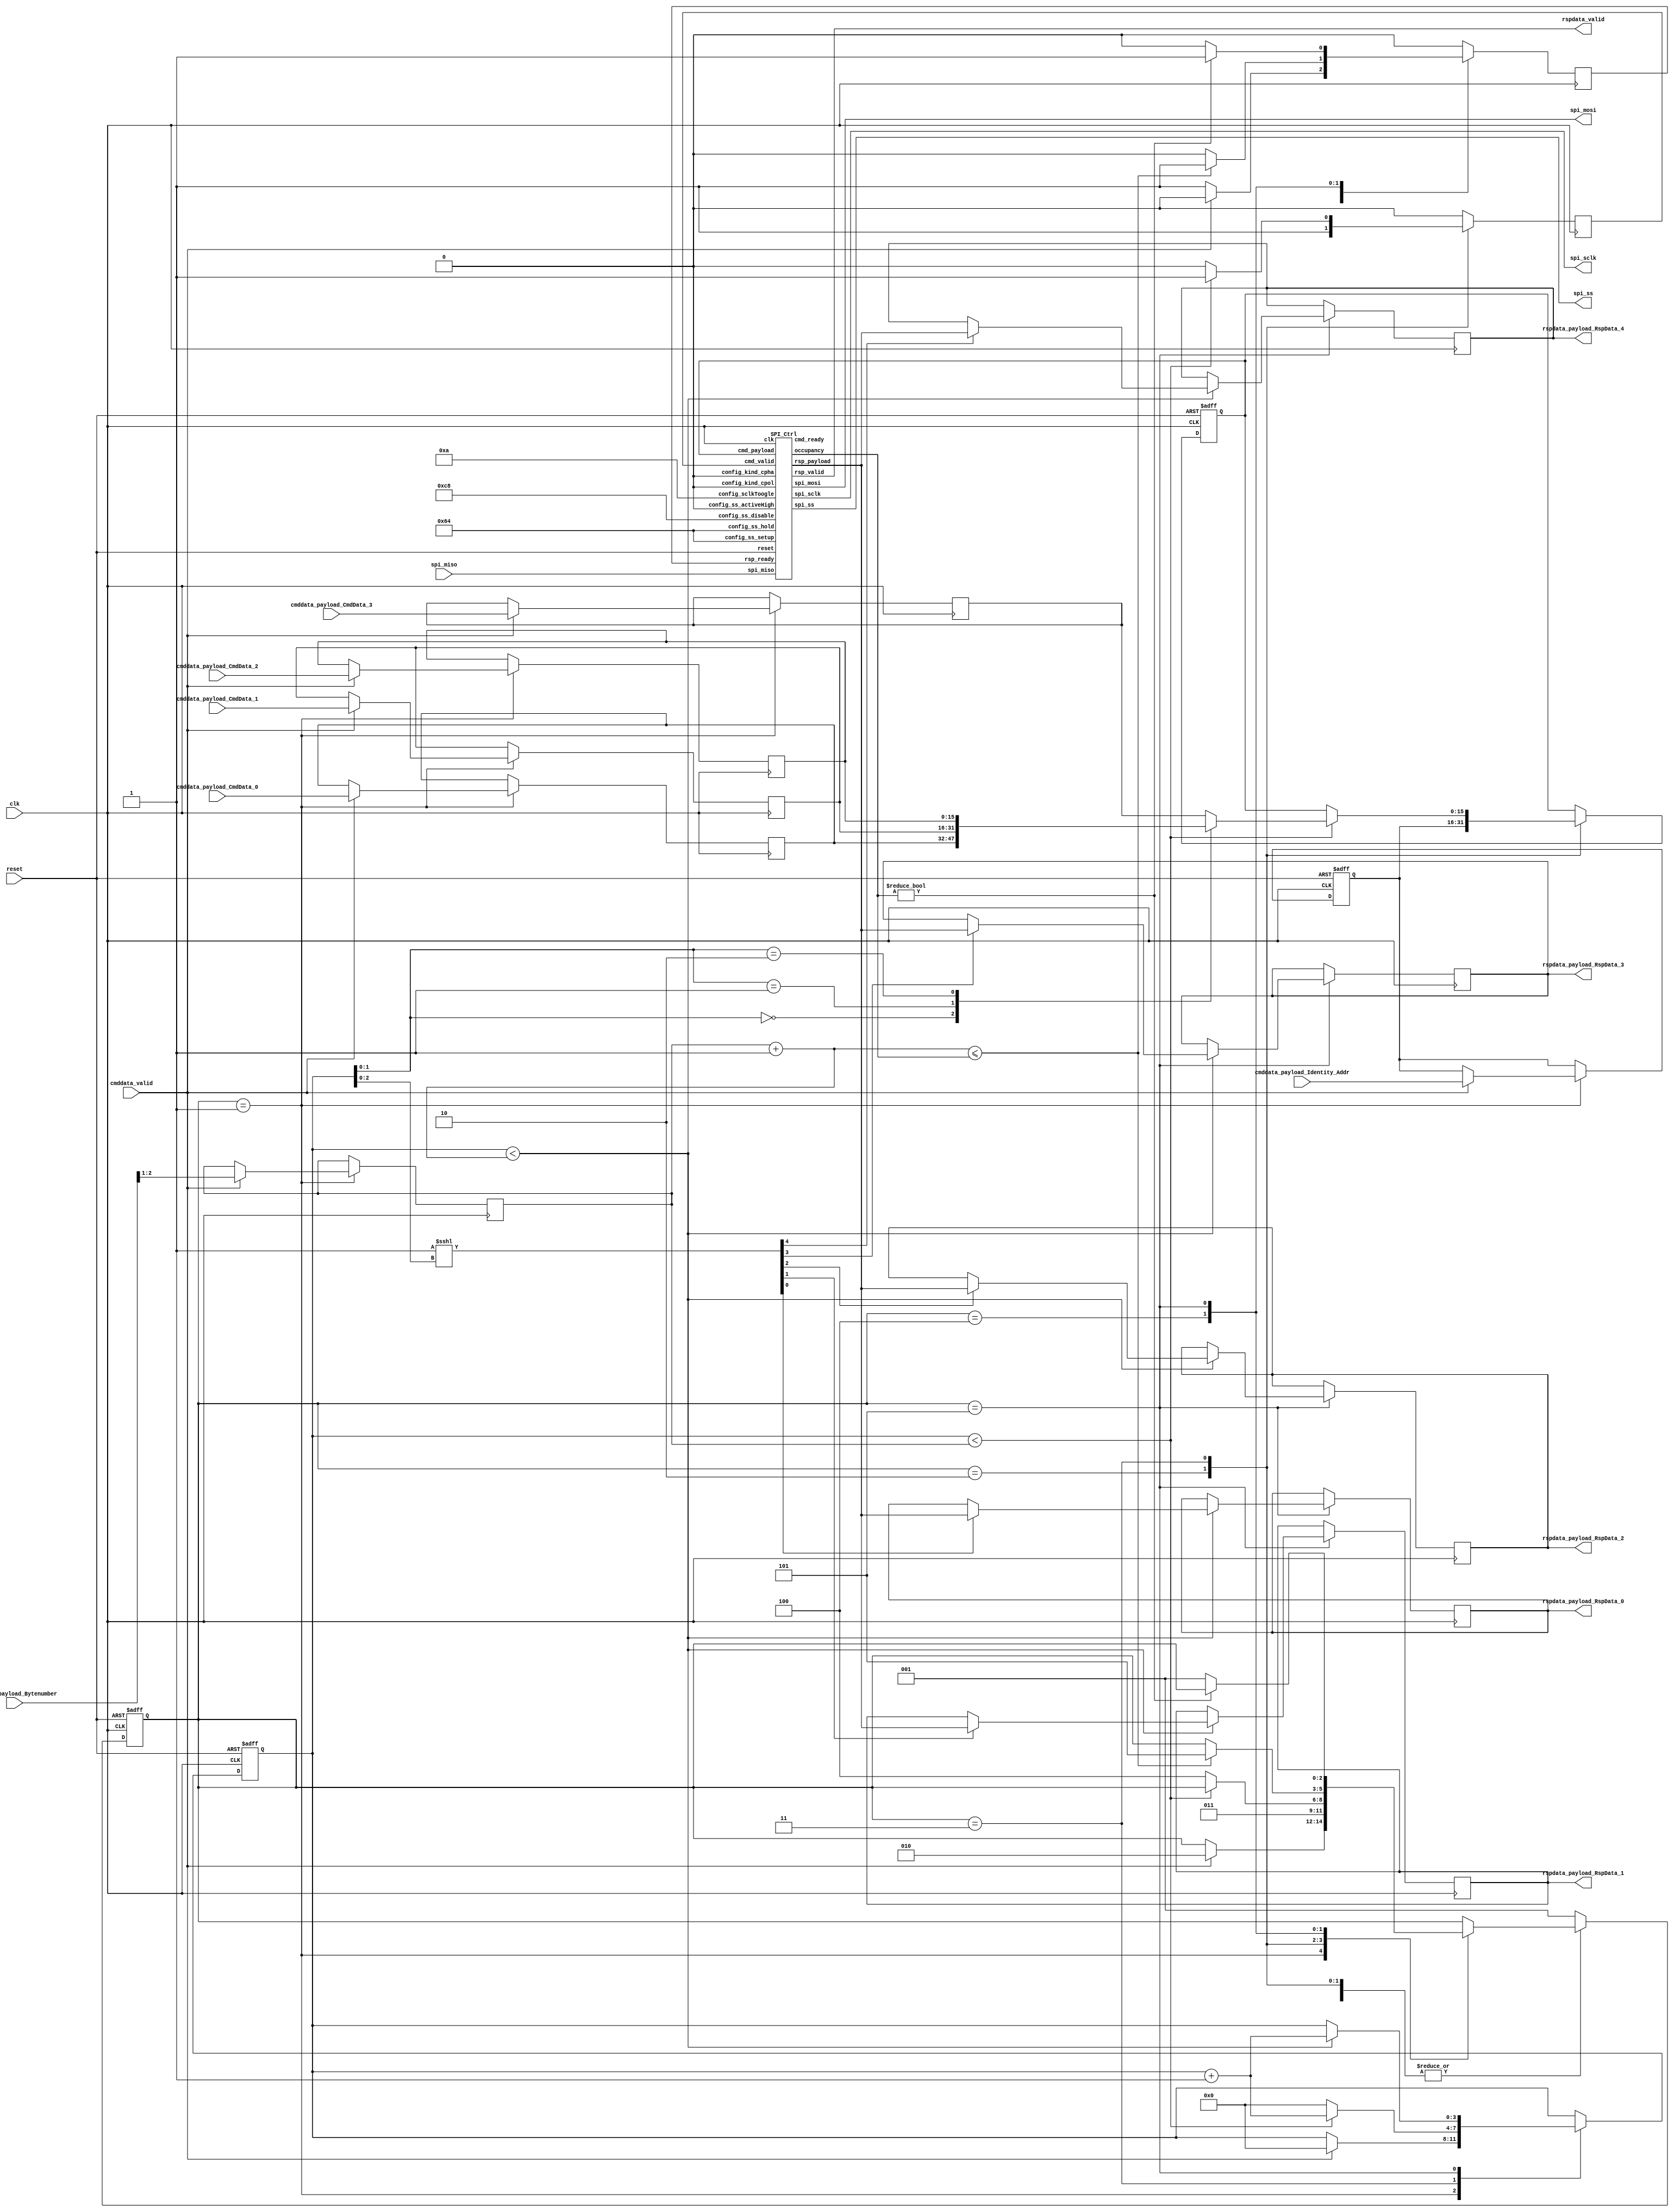
// Generator : SpinalHDL v1.8.0    git head : 4e3563a282582b41f4eaafc503787757251d23ea
// Component : Endat_SPI_Ctrl

`timescale 1ns/1ps

module Endat_SPI_Ctrl (
  output     [0:0]    spi_ss,
  output              spi_sclk,
  output              spi_mosi,
  input               spi_miso,
  input               cmddata_valid,
  input      [15:0]   cmddata_payload_Identity_Addr,
  input      [15:0]   cmddata_payload_CmdData_0,
  input      [15:0]   cmddata_payload_CmdData_1,
  input      [15:0]   cmddata_payload_CmdData_2,
  input      [15:0]   cmddata_payload_CmdData_3,
  input      [5:0]    cmddata_payload_Bytenumber,
  output              rspdata_valid,
  output     [15:0]   rspdata_payload_RspData_0,
  output     [15:0]   rspdata_payload_RspData_1,
  output     [15:0]   rspdata_payload_RspData_2,
  output     [15:0]   rspdata_payload_RspData_3,
  output     [15:0]   rspdata_payload_RspData_4,
  input               clk,
  input               reset
);
  localparam fsm_enumDef_BOOT = 3'd0;
  localparam fsm_enumDef_Init_Start = 3'd1;
  localparam fsm_enumDef_Send_Identity_Addr = 3'd2;
  localparam fsm_enumDef_Send_RegData = 3'd3;
  localparam fsm_enumDef_Wait_Rsp = 3'd4;
  localparam fsm_enumDef_Rd_Rsp = 3'd5;

  wire                spictrl_spi_sclk;
  wire                spictrl_spi_mosi;
  wire       [0:0]    spictrl_spi_ss;
  wire                spictrl_cmd_ready;
  wire                spictrl_rsp_valid;
  wire       [15:0]   spictrl_rsp_payload;
  wire       [6:0]    spictrl_occupancy;
  wire       [4:0]    _zz_fsm_Cycle;
  wire       [3:0]    _zz_when_Endat_SPI_Ctrl_l183;
  reg        [15:0]   _zz_fsm_spi_cmd_payload;
  wire       [1:0]    _zz_fsm_spi_cmd_payload_1;
  wire       [6:0]    _zz_when_Endat_SPI_Ctrl_l196;
  wire       [1:0]    _zz_when_Endat_SPI_Ctrl_l196_1;
  wire       [3:0]    _zz_when_Endat_SPI_Ctrl_l204;
  wire       [1:0]    _zz_when_Endat_SPI_Ctrl_l204_1;
  wire       [2:0]    _zz__zz_1;
  wire                fsm_wantExit;
  reg                 fsm_wantStart;
  wire                fsm_wantKill;
  reg        [15:0]   fsm_Identity_Addr;
  reg        [15:0]   fsm_CmdData_0;
  reg        [15:0]   fsm_CmdData_1;
  reg        [15:0]   fsm_CmdData_2;
  reg        [15:0]   fsm_CmdData_3;
  reg        [1:0]    fsm_Cycle;
  reg        [3:0]    fsm_counter;
  reg                 fsm_rdfifo_ready;
  reg                 fsm_spi_cmd_valid;
  reg        [15:0]   fsm_spi_cmd_payload;
  reg        [15:0]   fsm_rspData_0;
  reg        [15:0]   fsm_rspData_1;
  reg        [15:0]   fsm_rspData_2;
  reg        [15:0]   fsm_rspData_3;
  reg        [15:0]   fsm_rspData_4;
  reg        [2:0]    fsm_stateReg;
  reg        [2:0]    fsm_stateNext;
  wire                when_Endat_SPI_Ctrl_l183;
  wire                when_Endat_SPI_Ctrl_l196;
  wire                when_Endat_SPI_Ctrl_l204;
  wire       [7:0]    _zz_1;
  wire                when_Endat_SPI_Ctrl_l208;
  `ifndef SYNTHESIS
  reg [143:0] fsm_stateReg_string;
  reg [143:0] fsm_stateNext_string;
  `endif


  assign _zz_fsm_Cycle = (cmddata_payload_Bytenumber >>> 1);
  assign _zz_when_Endat_SPI_Ctrl_l183 = {2'd0, fsm_Cycle};
  assign _zz_fsm_spi_cmd_payload_1 = fsm_counter[1:0];
  assign _zz_when_Endat_SPI_Ctrl_l196_1 = (fsm_Cycle + 2'b01);
  assign _zz_when_Endat_SPI_Ctrl_l196 = {5'd0, _zz_when_Endat_SPI_Ctrl_l196_1};
  assign _zz_when_Endat_SPI_Ctrl_l204_1 = (fsm_Cycle + 2'b01);
  assign _zz_when_Endat_SPI_Ctrl_l204 = {2'd0, _zz_when_Endat_SPI_Ctrl_l204_1};
  assign _zz__zz_1 = fsm_counter[2:0];
  SPI_Ctrl spictrl (
    .spi_ss               (spictrl_spi_ss           ), //o
    .spi_sclk             (spictrl_spi_sclk         ), //o
    .spi_mosi             (spictrl_spi_mosi         ), //o
    .spi_miso             (spi_miso                 ), //i
    .config_kind_cpol     (1'b0                     ), //i
    .config_kind_cpha     (1'b0                     ), //i
    .config_sclkToogle    (8'h0a                    ), //i
    .config_ss_activeHigh (1'b0                     ), //i
    .config_ss_setup      (8'h64                    ), //i
    .config_ss_hold       (8'h64                    ), //i
    .config_ss_disable    (8'hc8                    ), //i
    .cmd_valid            (fsm_spi_cmd_valid        ), //i
    .cmd_ready            (spictrl_cmd_ready        ), //o
    .cmd_payload          (fsm_spi_cmd_payload[15:0]), //i
    .rsp_valid            (spictrl_rsp_valid        ), //o
    .rsp_ready            (fsm_rdfifo_ready         ), //i
    .rsp_payload          (spictrl_rsp_payload[15:0]), //o
    .occupancy            (spictrl_occupancy[6:0]   ), //o
    .clk                  (clk                      ), //i
    .reset                (reset                    )  //i
  );
  always @(*) begin
    case(_zz_fsm_spi_cmd_payload_1)
      2'b00 : _zz_fsm_spi_cmd_payload = fsm_CmdData_0;
      2'b01 : _zz_fsm_spi_cmd_payload = fsm_CmdData_1;
      2'b10 : _zz_fsm_spi_cmd_payload = fsm_CmdData_2;
      default : _zz_fsm_spi_cmd_payload = fsm_CmdData_3;
    endcase
  end

  `ifndef SYNTHESIS
  always @(*) begin
    case(fsm_stateReg)
      fsm_enumDef_BOOT : fsm_stateReg_string = "BOOT              ";
      fsm_enumDef_Init_Start : fsm_stateReg_string = "Init_Start        ";
      fsm_enumDef_Send_Identity_Addr : fsm_stateReg_string = "Send_Identity_Addr";
      fsm_enumDef_Send_RegData : fsm_stateReg_string = "Send_RegData      ";
      fsm_enumDef_Wait_Rsp : fsm_stateReg_string = "Wait_Rsp          ";
      fsm_enumDef_Rd_Rsp : fsm_stateReg_string = "Rd_Rsp            ";
      default : fsm_stateReg_string = "??????????????????";
    endcase
  end
  always @(*) begin
    case(fsm_stateNext)
      fsm_enumDef_BOOT : fsm_stateNext_string = "BOOT              ";
      fsm_enumDef_Init_Start : fsm_stateNext_string = "Init_Start        ";
      fsm_enumDef_Send_Identity_Addr : fsm_stateNext_string = "Send_Identity_Addr";
      fsm_enumDef_Send_RegData : fsm_stateNext_string = "Send_RegData      ";
      fsm_enumDef_Wait_Rsp : fsm_stateNext_string = "Wait_Rsp          ";
      fsm_enumDef_Rd_Rsp : fsm_stateNext_string = "Rd_Rsp            ";
      default : fsm_stateNext_string = "??????????????????";
    endcase
  end
  `endif

  assign spi_ss = spictrl_spi_ss; // @[Endat_SPI_Ctrl.scala 139:18]
  assign spi_sclk = spictrl_spi_sclk; // @[Endat_SPI_Ctrl.scala 139:18]
  assign spi_mosi = spictrl_spi_mosi; // @[Endat_SPI_Ctrl.scala 139:18]
  assign fsm_wantExit = 1'b0; // @[StateMachine.scala 151:28]
  always @(*) begin
    fsm_wantStart = 1'b0; // @[StateMachine.scala 152:19]
    case(fsm_stateReg)
      fsm_enumDef_Init_Start : begin
      end
      fsm_enumDef_Send_Identity_Addr : begin
      end
      fsm_enumDef_Send_RegData : begin
      end
      fsm_enumDef_Wait_Rsp : begin
      end
      fsm_enumDef_Rd_Rsp : begin
      end
      default : begin
        fsm_wantStart = 1'b1; // @[StateMachine.scala 362:15]
      end
    endcase
  end

  assign fsm_wantKill = 1'b0; // @[StateMachine.scala 153:18]
  assign rspdata_valid = spictrl_rsp_valid; // @[Endat_SPI_Ctrl.scala 221:20]
  assign rspdata_payload_RspData_0 = fsm_rspData_0; // @[Endat_SPI_Ctrl.scala 222:30]
  assign rspdata_payload_RspData_1 = fsm_rspData_1; // @[Endat_SPI_Ctrl.scala 222:30]
  assign rspdata_payload_RspData_2 = fsm_rspData_2; // @[Endat_SPI_Ctrl.scala 222:30]
  assign rspdata_payload_RspData_3 = fsm_rspData_3; // @[Endat_SPI_Ctrl.scala 222:30]
  assign rspdata_payload_RspData_4 = fsm_rspData_4; // @[Endat_SPI_Ctrl.scala 222:30]
  always @(*) begin
    fsm_stateNext = fsm_stateReg; // @[StateMachine.scala 217:17]
    case(fsm_stateReg)
      fsm_enumDef_Init_Start : begin
        if(cmddata_valid) begin
          fsm_stateNext = fsm_enumDef_Send_Identity_Addr; // @[Enum.scala 148:67]
        end
      end
      fsm_enumDef_Send_Identity_Addr : begin
        fsm_stateNext = fsm_enumDef_Send_RegData; // @[Enum.scala 148:67]
      end
      fsm_enumDef_Send_RegData : begin
        if(!when_Endat_SPI_Ctrl_l183) begin
          fsm_stateNext = fsm_enumDef_Wait_Rsp; // @[Enum.scala 148:67]
        end
      end
      fsm_enumDef_Wait_Rsp : begin
        if(when_Endat_SPI_Ctrl_l196) begin
          fsm_stateNext = fsm_enumDef_Rd_Rsp; // @[Enum.scala 148:67]
        end
      end
      fsm_enumDef_Rd_Rsp : begin
        if(!when_Endat_SPI_Ctrl_l208) begin
          fsm_stateNext = fsm_enumDef_Init_Start; // @[Enum.scala 148:67]
        end
      end
      default : begin
      end
    endcase
    if(fsm_wantStart) begin
      fsm_stateNext = fsm_enumDef_Init_Start; // @[Enum.scala 148:67]
    end
    if(fsm_wantKill) begin
      fsm_stateNext = fsm_enumDef_BOOT; // @[Enum.scala 148:67]
    end
  end

  assign when_Endat_SPI_Ctrl_l183 = (fsm_counter < _zz_when_Endat_SPI_Ctrl_l183); // @[BaseType.scala 305:24]
  assign when_Endat_SPI_Ctrl_l196 = (_zz_when_Endat_SPI_Ctrl_l196 <= spictrl_occupancy); // @[BaseType.scala 305:24]
  assign when_Endat_SPI_Ctrl_l204 = (fsm_counter < _zz_when_Endat_SPI_Ctrl_l204); // @[BaseType.scala 305:24]
  assign _zz_1 = ({7'd0,1'b1} <<< _zz__zz_1); // @[BaseType.scala 299:24]
  assign when_Endat_SPI_Ctrl_l208 = (spictrl_occupancy != 7'h0); // @[BaseType.scala 305:24]
  always @(posedge clk or posedge reset) begin
    if(reset) begin
      fsm_Identity_Addr <= 16'h0; // @[Data.scala 400:33]
      fsm_counter <= 4'b0000; // @[Data.scala 400:33]
      fsm_spi_cmd_payload <= 16'h0; // @[Data.scala 400:33]
      fsm_stateReg <= fsm_enumDef_BOOT; // @[Data.scala 400:33]
    end else begin
      fsm_stateReg <= fsm_stateNext; // @[StateMachine.scala 212:14]
      case(fsm_stateReg)
        fsm_enumDef_Init_Start : begin
          if(cmddata_valid) begin
            fsm_Identity_Addr <= cmddata_payload_Identity_Addr; // @[Endat_SPI_Ctrl.scala 164:25]
            fsm_counter <= 4'b0000; // @[Endat_SPI_Ctrl.scala 167:19]
          end
        end
        fsm_enumDef_Send_Identity_Addr : begin
          fsm_spi_cmd_payload <= fsm_Identity_Addr; // @[Endat_SPI_Ctrl.scala 177:25]
        end
        fsm_enumDef_Send_RegData : begin
          if(when_Endat_SPI_Ctrl_l183) begin
            fsm_spi_cmd_payload <= _zz_fsm_spi_cmd_payload; // @[Endat_SPI_Ctrl.scala 185:27]
            fsm_counter <= (fsm_counter + 4'b0001); // @[Endat_SPI_Ctrl.scala 186:19]
          end else begin
            fsm_counter <= 4'b0000; // @[Endat_SPI_Ctrl.scala 189:19]
          end
        end
        fsm_enumDef_Wait_Rsp : begin
        end
        fsm_enumDef_Rd_Rsp : begin
          if(when_Endat_SPI_Ctrl_l204) begin
            fsm_counter <= (fsm_counter + 4'b0001); // @[Endat_SPI_Ctrl.scala 206:19]
          end
        end
        default : begin
        end
      endcase
    end
  end

  always @(posedge clk) begin
    fsm_rdfifo_ready <= 1'b0; // @[Endat_SPI_Ctrl.scala 154:18]
    fsm_spi_cmd_valid <= 1'b0; // @[Endat_SPI_Ctrl.scala 157:19]
    case(fsm_stateReg)
      fsm_enumDef_Init_Start : begin
        if(cmddata_valid) begin
          fsm_CmdData_0 <= cmddata_payload_CmdData_0; // @[Endat_SPI_Ctrl.scala 165:19]
          fsm_CmdData_1 <= cmddata_payload_CmdData_1; // @[Endat_SPI_Ctrl.scala 165:19]
          fsm_CmdData_2 <= cmddata_payload_CmdData_2; // @[Endat_SPI_Ctrl.scala 165:19]
          fsm_CmdData_3 <= cmddata_payload_CmdData_3; // @[Endat_SPI_Ctrl.scala 165:19]
          fsm_Cycle <= _zz_fsm_Cycle[1:0]; // @[Endat_SPI_Ctrl.scala 166:17]
        end else begin
          fsm_rdfifo_ready <= 1'b1; // @[Endat_SPI_Ctrl.scala 170:24]
        end
      end
      fsm_enumDef_Send_Identity_Addr : begin
        fsm_spi_cmd_valid <= 1'b1; // @[Endat_SPI_Ctrl.scala 176:23]
      end
      fsm_enumDef_Send_RegData : begin
        if(when_Endat_SPI_Ctrl_l183) begin
          fsm_spi_cmd_valid <= 1'b1; // @[Endat_SPI_Ctrl.scala 184:25]
        end else begin
          fsm_spi_cmd_valid <= 1'b0; // @[Endat_SPI_Ctrl.scala 188:25]
        end
      end
      fsm_enumDef_Wait_Rsp : begin
        if(when_Endat_SPI_Ctrl_l196) begin
          fsm_rdfifo_ready <= 1'b1; // @[Endat_SPI_Ctrl.scala 197:24]
        end
      end
      fsm_enumDef_Rd_Rsp : begin
        if(when_Endat_SPI_Ctrl_l204) begin
          if(_zz_1[0]) begin
            fsm_rspData_0 <= spictrl_rsp_payload; // @[Endat_SPI_Ctrl.scala 205:36]
          end
          if(_zz_1[1]) begin
            fsm_rspData_1 <= spictrl_rsp_payload; // @[Endat_SPI_Ctrl.scala 205:36]
          end
          if(_zz_1[2]) begin
            fsm_rspData_2 <= spictrl_rsp_payload; // @[Endat_SPI_Ctrl.scala 205:36]
          end
          if(_zz_1[3]) begin
            fsm_rspData_3 <= spictrl_rsp_payload; // @[Endat_SPI_Ctrl.scala 205:36]
          end
          if(_zz_1[4]) begin
            fsm_rspData_4 <= spictrl_rsp_payload; // @[Endat_SPI_Ctrl.scala 205:36]
          end
        end
        if(when_Endat_SPI_Ctrl_l208) begin
          fsm_rdfifo_ready <= 1'b1; // @[Endat_SPI_Ctrl.scala 209:24]
        end
      end
      default : begin
      end
    endcase
  end


endmodule

module SPI_Ctrl (
  output     [0:0]    spi_ss,
  output              spi_sclk,
  output              spi_mosi,
  input               spi_miso,
  input               config_kind_cpol,
  input               config_kind_cpha,
  input      [7:0]    config_sclkToogle,
  input      [0:0]    config_ss_activeHigh,
  input      [7:0]    config_ss_setup,
  input      [7:0]    config_ss_hold,
  input      [7:0]    config_ss_disable,
  input               cmd_valid,
  output              cmd_ready,
  input      [15:0]   cmd_payload,
  output              rsp_valid,
  input               rsp_ready,
  output     [15:0]   rsp_payload,
  output     [6:0]    occupancy,
  input               clk,
  input               reset
);
  localparam fsm_enumDef_1_BOOT = 3'd0;
  localparam fsm_enumDef_1_Init_Start = 3'd1;
  localparam fsm_enumDef_1_Active_CS = 3'd2;
  localparam fsm_enumDef_1_Send_Data = 3'd3;
  localparam fsm_enumDef_1_Disable_CS = 3'd4;
  localparam fsm_enumDef_1_Dummy_State = 3'd5;

  wire                wr_fifo_io_push_ready;
  wire                wr_fifo_io_pop_valid;
  wire       [15:0]   wr_fifo_io_pop_payload;
  wire       [6:0]    wr_fifo_io_occupancy;
  wire       [6:0]    wr_fifo_io_availability;
  wire                rd_fifo_io_push_ready;
  wire                rd_fifo_io_pop_valid;
  wire       [15:0]   rd_fifo_io_pop_payload;
  wire       [6:0]    rd_fifo_io_occupancy;
  wire       [6:0]    rd_fifo_io_availability;
  wire       [4:0]    _zz_fsm_counter_valueNext;
  wire       [0:0]    _zz_fsm_counter_valueNext_1;
  wire       [3:0]    _zz__zz_spi_mosi;
  wire       [3:0]    _zz__zz_spi_mosi_1;
  wire       [16:0]   _zz_fsm_buffer;
  reg        [7:0]    timer_counter;
  reg                 timer_reset;
  wire                timer_ss_setupHit;
  wire                timer_ss_holdHit;
  wire                timer_ss_disableHit;
  wire                timer_sclkToogleHit;
  reg                 wr_ready;
  wire                fsm_wantExit;
  reg                 fsm_wantStart;
  wire                fsm_wantKill;
  reg                 fsm_counter_willIncrement;
  wire                fsm_counter_willClear;
  reg        [4:0]    fsm_counter_valueNext;
  reg        [4:0]    fsm_counter_value;
  wire                fsm_counter_willOverflowIfInc;
  wire                fsm_counter_willOverflow;
  reg        [15:0]   fsm_buffer;
  reg        [0:0]    fsm_ss;
  reg        [15:0]   fsm_wr_payload;
  reg                 fsm_rsp_valid;
  reg                 _zz_spi_sclk;
  reg                 _zz_spi_mosi;
  reg        [2:0]    fsm_stateReg;
  reg        [2:0]    fsm_stateNext;
  wire                when_Endat_SPI_Ctrl_l53;
  wire                when_Endat_SPI_Ctrl_l76;
  wire                when_Endat_SPI_Ctrl_l79;
  `ifndef SYNTHESIS
  reg [87:0] fsm_stateReg_string;
  reg [87:0] fsm_stateNext_string;
  `endif


  assign _zz_fsm_counter_valueNext_1 = fsm_counter_willIncrement;
  assign _zz_fsm_counter_valueNext = {4'd0, _zz_fsm_counter_valueNext_1};
  assign _zz__zz_spi_mosi = (4'b1111 - _zz__zz_spi_mosi_1);
  assign _zz__zz_spi_mosi_1 = (fsm_counter_value >>> 1);
  assign _zz_fsm_buffer = {fsm_buffer,spi_miso};
  StreamFifo_1 wr_fifo (
    .io_push_valid   (cmd_valid                   ), //i
    .io_push_ready   (wr_fifo_io_push_ready       ), //o
    .io_push_payload (cmd_payload[15:0]           ), //i
    .io_pop_valid    (wr_fifo_io_pop_valid        ), //o
    .io_pop_ready    (wr_ready                    ), //i
    .io_pop_payload  (wr_fifo_io_pop_payload[15:0]), //o
    .io_flush        (1'b0                        ), //i
    .io_occupancy    (wr_fifo_io_occupancy[6:0]   ), //o
    .io_availability (wr_fifo_io_availability[6:0]), //o
    .clk             (clk                         ), //i
    .reset           (reset                       )  //i
  );
  StreamFifo_1 rd_fifo (
    .io_push_valid   (fsm_rsp_valid               ), //i
    .io_push_ready   (rd_fifo_io_push_ready       ), //o
    .io_push_payload (fsm_buffer[15:0]            ), //i
    .io_pop_valid    (rd_fifo_io_pop_valid        ), //o
    .io_pop_ready    (rsp_ready                   ), //i
    .io_pop_payload  (rd_fifo_io_pop_payload[15:0]), //o
    .io_flush        (1'b0                        ), //i
    .io_occupancy    (rd_fifo_io_occupancy[6:0]   ), //o
    .io_availability (rd_fifo_io_availability[6:0]), //o
    .clk             (clk                         ), //i
    .reset           (reset                       )  //i
  );
  `ifndef SYNTHESIS
  always @(*) begin
    case(fsm_stateReg)
      fsm_enumDef_1_BOOT : fsm_stateReg_string = "BOOT       ";
      fsm_enumDef_1_Init_Start : fsm_stateReg_string = "Init_Start ";
      fsm_enumDef_1_Active_CS : fsm_stateReg_string = "Active_CS  ";
      fsm_enumDef_1_Send_Data : fsm_stateReg_string = "Send_Data  ";
      fsm_enumDef_1_Disable_CS : fsm_stateReg_string = "Disable_CS ";
      fsm_enumDef_1_Dummy_State : fsm_stateReg_string = "Dummy_State";
      default : fsm_stateReg_string = "???????????";
    endcase
  end
  always @(*) begin
    case(fsm_stateNext)
      fsm_enumDef_1_BOOT : fsm_stateNext_string = "BOOT       ";
      fsm_enumDef_1_Init_Start : fsm_stateNext_string = "Init_Start ";
      fsm_enumDef_1_Active_CS : fsm_stateNext_string = "Active_CS  ";
      fsm_enumDef_1_Send_Data : fsm_stateNext_string = "Send_Data  ";
      fsm_enumDef_1_Disable_CS : fsm_stateNext_string = "Disable_CS ";
      fsm_enumDef_1_Dummy_State : fsm_stateNext_string = "Dummy_State";
      default : fsm_stateNext_string = "???????????";
    endcase
  end
  `endif

  assign timer_ss_setupHit = (timer_counter == config_ss_setup); // @[BaseType.scala 305:24]
  assign timer_ss_holdHit = (timer_counter == config_ss_hold); // @[BaseType.scala 305:24]
  assign timer_ss_disableHit = (timer_counter == config_ss_disable); // @[BaseType.scala 305:24]
  assign timer_sclkToogleHit = (timer_counter == config_sclkToogle); // @[BaseType.scala 305:24]
  assign cmd_ready = wr_fifo_io_push_ready; // @[Endat_SPI_Ctrl.scala 36:16]
  assign fsm_wantExit = 1'b0; // @[StateMachine.scala 151:28]
  always @(*) begin
    fsm_wantStart = 1'b0; // @[StateMachine.scala 152:19]
    case(fsm_stateReg)
      fsm_enumDef_1_Init_Start : begin
      end
      fsm_enumDef_1_Active_CS : begin
      end
      fsm_enumDef_1_Send_Data : begin
      end
      fsm_enumDef_1_Disable_CS : begin
      end
      fsm_enumDef_1_Dummy_State : begin
      end
      default : begin
        fsm_wantStart = 1'b1; // @[StateMachine.scala 362:15]
      end
    endcase
  end

  assign fsm_wantKill = 1'b0; // @[StateMachine.scala 153:18]
  always @(*) begin
    fsm_counter_willIncrement = 1'b0; // @[Utils.scala 536:23]
    case(fsm_stateReg)
      fsm_enumDef_1_Init_Start : begin
      end
      fsm_enumDef_1_Active_CS : begin
      end
      fsm_enumDef_1_Send_Data : begin
        if(timer_sclkToogleHit) begin
          fsm_counter_willIncrement = 1'b1; // @[Utils.scala 540:41]
        end
      end
      fsm_enumDef_1_Disable_CS : begin
      end
      fsm_enumDef_1_Dummy_State : begin
      end
      default : begin
      end
    endcase
  end

  assign fsm_counter_willClear = 1'b0; // @[Utils.scala 537:19]
  assign fsm_counter_willOverflowIfInc = (fsm_counter_value == 5'h1f); // @[BaseType.scala 305:24]
  assign fsm_counter_willOverflow = (fsm_counter_willOverflowIfInc && fsm_counter_willIncrement); // @[BaseType.scala 305:24]
  always @(*) begin
    fsm_counter_valueNext = (fsm_counter_value + _zz_fsm_counter_valueNext); // @[Utils.scala 548:15]
    if(fsm_counter_willClear) begin
      fsm_counter_valueNext = 5'h0; // @[Utils.scala 558:15]
    end
  end

  assign rsp_payload = rd_fifo_io_pop_payload; // @[Endat_SPI_Ctrl.scala 109:18]
  assign rsp_valid = rd_fifo_io_pop_valid; // @[Endat_SPI_Ctrl.scala 110:16]
  assign occupancy = rd_fifo_io_occupancy; // @[Endat_SPI_Ctrl.scala 112:16]
  assign spi_ss[0] = (fsm_ss[0] ^ config_ss_activeHigh[0]); // @[Endat_SPI_Ctrl.scala 115:16]
  assign spi_sclk = _zz_spi_sclk; // @[Endat_SPI_Ctrl.scala 116:15]
  assign spi_mosi = _zz_spi_mosi; // @[Endat_SPI_Ctrl.scala 117:15]
  always @(*) begin
    fsm_stateNext = fsm_stateReg; // @[StateMachine.scala 217:17]
    case(fsm_stateReg)
      fsm_enumDef_1_Init_Start : begin
        if(when_Endat_SPI_Ctrl_l53) begin
          fsm_stateNext = fsm_enumDef_1_Active_CS; // @[Enum.scala 148:67]
        end
      end
      fsm_enumDef_1_Active_CS : begin
        if(timer_ss_setupHit) begin
          fsm_stateNext = fsm_enumDef_1_Send_Data; // @[Enum.scala 148:67]
        end
      end
      fsm_enumDef_1_Send_Data : begin
        if(timer_sclkToogleHit) begin
          if(when_Endat_SPI_Ctrl_l79) begin
            fsm_stateNext = fsm_enumDef_1_Disable_CS; // @[Enum.scala 148:67]
          end
        end
      end
      fsm_enumDef_1_Disable_CS : begin
        if(timer_ss_holdHit) begin
          fsm_stateNext = fsm_enumDef_1_Dummy_State; // @[Enum.scala 148:67]
        end
      end
      fsm_enumDef_1_Dummy_State : begin
        if(timer_ss_disableHit) begin
          fsm_stateNext = fsm_enumDef_1_Init_Start; // @[Enum.scala 148:67]
        end
      end
      default : begin
      end
    endcase
    if(fsm_wantStart) begin
      fsm_stateNext = fsm_enumDef_1_Init_Start; // @[Enum.scala 148:67]
    end
    if(fsm_wantKill) begin
      fsm_stateNext = fsm_enumDef_1_BOOT; // @[Enum.scala 148:67]
    end
  end

  assign when_Endat_SPI_Ctrl_l53 = (wr_fifo_io_occupancy != 7'h0); // @[BaseType.scala 305:24]
  assign when_Endat_SPI_Ctrl_l76 = fsm_counter_value[0]; // @[BaseType.scala 305:24]
  assign when_Endat_SPI_Ctrl_l79 = (fsm_counter_value == 5'h1f); // @[BaseType.scala 305:24]
  always @(posedge clk) begin
    timer_counter <= (timer_counter + 8'h01); // @[Endat_SPI_Ctrl.scala 27:13]
    if(timer_reset) begin
      timer_counter <= 8'h0; // @[Endat_SPI_Ctrl.scala 29:15]
    end
    wr_ready <= 1'b0; // @[Endat_SPI_Ctrl.scala 39:12]
    fsm_rsp_valid <= 1'b0; // @[Endat_SPI_Ctrl.scala 48:15]
    timer_reset <= 1'b0; // @[Endat_SPI_Ctrl.scala 49:17]
    _zz_spi_sclk <= ((fsm_counter_value[0] ^ config_kind_cpha) ^ config_kind_cpol); // @[Reg.scala 39:30]
    _zz_spi_mosi <= fsm_wr_payload[_zz__zz_spi_mosi]; // @[Reg.scala 39:30]
    case(fsm_stateReg)
      fsm_enumDef_1_Init_Start : begin
        if(when_Endat_SPI_Ctrl_l53) begin
          timer_reset <= 1'b1; // @[Endat_SPI_Ctrl.scala 55:23]
        end
      end
      fsm_enumDef_1_Active_CS : begin
        if(timer_ss_setupHit) begin
          wr_ready <= 1'b1; // @[Endat_SPI_Ctrl.scala 64:20]
          fsm_wr_payload <= wr_fifo_io_pop_payload; // @[Endat_SPI_Ctrl.scala 65:22]
          timer_reset <= 1'b1; // @[Endat_SPI_Ctrl.scala 66:23]
        end
      end
      fsm_enumDef_1_Send_Data : begin
        if(timer_sclkToogleHit) begin
          timer_reset <= 1'b1; // @[Endat_SPI_Ctrl.scala 74:23]
          if(when_Endat_SPI_Ctrl_l76) begin
            fsm_buffer <= _zz_fsm_buffer[15:0]; // @[Endat_SPI_Ctrl.scala 77:20]
          end
        end
      end
      fsm_enumDef_1_Disable_CS : begin
        if(timer_ss_holdHit) begin
          fsm_rsp_valid <= 1'b1; // @[Endat_SPI_Ctrl.scala 88:21]
          timer_reset <= 1'b1; // @[Endat_SPI_Ctrl.scala 89:23]
        end
      end
      fsm_enumDef_1_Dummy_State : begin
        if(timer_ss_disableHit) begin
          timer_reset <= 1'b1; // @[Endat_SPI_Ctrl.scala 98:23]
        end
      end
      default : begin
      end
    endcase
  end

  always @(posedge clk or posedge reset) begin
    if(reset) begin
      fsm_counter_value <= 5'h0; // @[Data.scala 400:33]
      fsm_ss <= 1'b1; // @[Data.scala 400:33]
      fsm_stateReg <= fsm_enumDef_1_BOOT; // @[Data.scala 400:33]
    end else begin
      fsm_counter_value <= fsm_counter_valueNext; // @[Reg.scala 39:30]
      fsm_stateReg <= fsm_stateNext; // @[StateMachine.scala 212:14]
      case(fsm_stateReg)
        fsm_enumDef_1_Init_Start : begin
          if(when_Endat_SPI_Ctrl_l53) begin
            fsm_ss[0] <= 1'b0; // @[Endat_SPI_Ctrl.scala 54:17]
          end
        end
        fsm_enumDef_1_Active_CS : begin
          if(timer_ss_setupHit) begin
            fsm_counter_value <= 5'h0; // @[Endat_SPI_Ctrl.scala 63:19]
          end
        end
        fsm_enumDef_1_Send_Data : begin
        end
        fsm_enumDef_1_Disable_CS : begin
          if(timer_ss_holdHit) begin
            fsm_ss[0] <= 1'b1; // @[Endat_SPI_Ctrl.scala 90:17]
          end
        end
        fsm_enumDef_1_Dummy_State : begin
        end
        default : begin
        end
      endcase
    end
  end


endmodule

//StreamFifo_1 replaced by StreamFifo_1

module StreamFifo_1 (
  input               io_push_valid,
  output              io_push_ready,
  input      [15:0]   io_push_payload,
  output              io_pop_valid,
  input               io_pop_ready,
  output     [15:0]   io_pop_payload,
  input               io_flush,
  output     [6:0]    io_occupancy,
  output     [6:0]    io_availability,
  input               clk,
  input               reset
);

  reg        [15:0]   _zz_logic_ram_port0;
  wire       [5:0]    _zz_logic_pushPtr_valueNext;
  wire       [0:0]    _zz_logic_pushPtr_valueNext_1;
  wire       [5:0]    _zz_logic_popPtr_valueNext;
  wire       [0:0]    _zz_logic_popPtr_valueNext_1;
  wire                _zz_logic_ram_port;
  wire                _zz_io_pop_payload;
  wire       [5:0]    _zz_io_availability;
  reg                 _zz_1;
  reg                 logic_pushPtr_willIncrement;
  reg                 logic_pushPtr_willClear;
  reg        [5:0]    logic_pushPtr_valueNext;
  reg        [5:0]    logic_pushPtr_value;
  wire                logic_pushPtr_willOverflowIfInc;
  wire                logic_pushPtr_willOverflow;
  reg                 logic_popPtr_willIncrement;
  reg                 logic_popPtr_willClear;
  reg        [5:0]    logic_popPtr_valueNext;
  reg        [5:0]    logic_popPtr_value;
  wire                logic_popPtr_willOverflowIfInc;
  wire                logic_popPtr_willOverflow;
  wire                logic_ptrMatch;
  reg                 logic_risingOccupancy;
  wire                logic_pushing;
  wire                logic_popping;
  wire                logic_empty;
  wire                logic_full;
  reg                 _zz_io_pop_valid;
  wire                when_Stream_l1101;
  wire       [5:0]    logic_ptrDif;
  reg [15:0] logic_ram [0:63];

  assign _zz_logic_pushPtr_valueNext_1 = logic_pushPtr_willIncrement;
  assign _zz_logic_pushPtr_valueNext = {5'd0, _zz_logic_pushPtr_valueNext_1};
  assign _zz_logic_popPtr_valueNext_1 = logic_popPtr_willIncrement;
  assign _zz_logic_popPtr_valueNext = {5'd0, _zz_logic_popPtr_valueNext_1};
  assign _zz_io_availability = (logic_popPtr_value - logic_pushPtr_value);
  assign _zz_io_pop_payload = 1'b1;
  always @(posedge clk) begin
    if(_zz_io_pop_payload) begin
      _zz_logic_ram_port0 <= logic_ram[logic_popPtr_valueNext];
    end
  end

  always @(posedge clk) begin
    if(_zz_1) begin
      logic_ram[logic_pushPtr_value] <= io_push_payload;
    end
  end

  always @(*) begin
    _zz_1 = 1'b0; // @[when.scala 47:16]
    if(logic_pushing) begin
      _zz_1 = 1'b1; // @[when.scala 52:10]
    end
  end

  always @(*) begin
    logic_pushPtr_willIncrement = 1'b0; // @[Utils.scala 536:23]
    if(logic_pushing) begin
      logic_pushPtr_willIncrement = 1'b1; // @[Utils.scala 540:41]
    end
  end

  always @(*) begin
    logic_pushPtr_willClear = 1'b0; // @[Utils.scala 537:19]
    if(io_flush) begin
      logic_pushPtr_willClear = 1'b1; // @[Utils.scala 539:33]
    end
  end

  assign logic_pushPtr_willOverflowIfInc = (logic_pushPtr_value == 6'h3f); // @[BaseType.scala 305:24]
  assign logic_pushPtr_willOverflow = (logic_pushPtr_willOverflowIfInc && logic_pushPtr_willIncrement); // @[BaseType.scala 305:24]
  always @(*) begin
    logic_pushPtr_valueNext = (logic_pushPtr_value + _zz_logic_pushPtr_valueNext); // @[Utils.scala 548:15]
    if(logic_pushPtr_willClear) begin
      logic_pushPtr_valueNext = 6'h0; // @[Utils.scala 558:15]
    end
  end

  always @(*) begin
    logic_popPtr_willIncrement = 1'b0; // @[Utils.scala 536:23]
    if(logic_popping) begin
      logic_popPtr_willIncrement = 1'b1; // @[Utils.scala 540:41]
    end
  end

  always @(*) begin
    logic_popPtr_willClear = 1'b0; // @[Utils.scala 537:19]
    if(io_flush) begin
      logic_popPtr_willClear = 1'b1; // @[Utils.scala 539:33]
    end
  end

  assign logic_popPtr_willOverflowIfInc = (logic_popPtr_value == 6'h3f); // @[BaseType.scala 305:24]
  assign logic_popPtr_willOverflow = (logic_popPtr_willOverflowIfInc && logic_popPtr_willIncrement); // @[BaseType.scala 305:24]
  always @(*) begin
    logic_popPtr_valueNext = (logic_popPtr_value + _zz_logic_popPtr_valueNext); // @[Utils.scala 548:15]
    if(logic_popPtr_willClear) begin
      logic_popPtr_valueNext = 6'h0; // @[Utils.scala 558:15]
    end
  end

  assign logic_ptrMatch = (logic_pushPtr_value == logic_popPtr_value); // @[BaseType.scala 305:24]
  assign logic_pushing = (io_push_valid && io_push_ready); // @[BaseType.scala 305:24]
  assign logic_popping = (io_pop_valid && io_pop_ready); // @[BaseType.scala 305:24]
  assign logic_empty = (logic_ptrMatch && (! logic_risingOccupancy)); // @[BaseType.scala 305:24]
  assign logic_full = (logic_ptrMatch && logic_risingOccupancy); // @[BaseType.scala 305:24]
  assign io_push_ready = (! logic_full); // @[Stream.scala 1097:19]
  assign io_pop_valid = ((! logic_empty) && (! (_zz_io_pop_valid && (! logic_full)))); // @[Stream.scala 1098:18]
  assign io_pop_payload = _zz_logic_ram_port0; // @[Stream.scala 1099:20]
  assign when_Stream_l1101 = (logic_pushing != logic_popping); // @[BaseType.scala 305:24]
  assign logic_ptrDif = (logic_pushPtr_value - logic_popPtr_value); // @[BaseType.scala 299:24]
  assign io_occupancy = {(logic_risingOccupancy && logic_ptrMatch),logic_ptrDif}; // @[Stream.scala 1114:20]
  assign io_availability = {((! logic_risingOccupancy) && logic_ptrMatch),_zz_io_availability}; // @[Stream.scala 1115:23]
  always @(posedge clk or posedge reset) begin
    if(reset) begin
      logic_pushPtr_value <= 6'h0; // @[Data.scala 400:33]
      logic_popPtr_value <= 6'h0; // @[Data.scala 400:33]
      logic_risingOccupancy <= 1'b0; // @[Data.scala 400:33]
      _zz_io_pop_valid <= 1'b0; // @[Data.scala 400:33]
    end else begin
      logic_pushPtr_value <= logic_pushPtr_valueNext; // @[Reg.scala 39:30]
      logic_popPtr_value <= logic_popPtr_valueNext; // @[Reg.scala 39:30]
      _zz_io_pop_valid <= (logic_popPtr_valueNext == logic_pushPtr_value); // @[Reg.scala 39:30]
      if(when_Stream_l1101) begin
        logic_risingOccupancy <= logic_pushing; // @[Stream.scala 1102:23]
      end
      if(io_flush) begin
        logic_risingOccupancy <= 1'b0; // @[Stream.scala 1129:23]
      end
    end
  end


endmodule